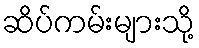
ဆိပ်ကမ်းများသို့